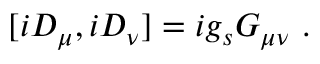
[ i D _ { \mu } , i D _ { \nu } ] = i g _ { s } G _ { \mu \nu } \ .